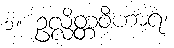
၁။ ဥလ္လိတ္တဝိဟာရ၊